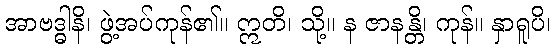
အာဗဒ္ဓါနိ၊ ဖွဲ့အပ်ကုန်၏။ ဣတိ၊ သို့။ န ဇာနန္တိ၊ ကုန်။ နှာရူပိ၊